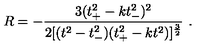
R = - \frac { 3 ( t _ { + } ^ { 2 } - k t _ { - } ^ { 2 } ) ^ { 2 } } { 2 [ ( t ^ { 2 } - t _ { - } ^ { 2 } ) ( t _ { + } ^ { 2 } - k t ^ { 2 } ) ] ^ { \frac { 3 } { 2 } } } \ .